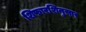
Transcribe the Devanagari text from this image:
शिफारशिनुसार